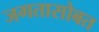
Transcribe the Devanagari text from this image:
जगतासोबत